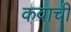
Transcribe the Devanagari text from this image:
कवाची